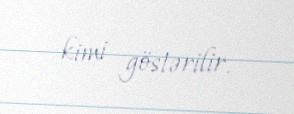
kimi göstərilir.